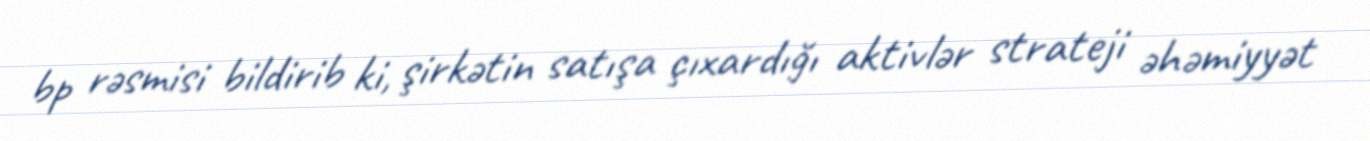
bp rəsmisi bildirib ki, şirkətin satışa çıxardığı aktivlər strateji əhəmiyyət